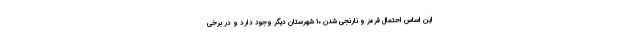
این اساس احتمال قرمز و نارنجی شدن ١٠ شهرستان دیگر وجود دارد و در برخی